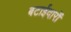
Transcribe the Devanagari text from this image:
बटाईदारों